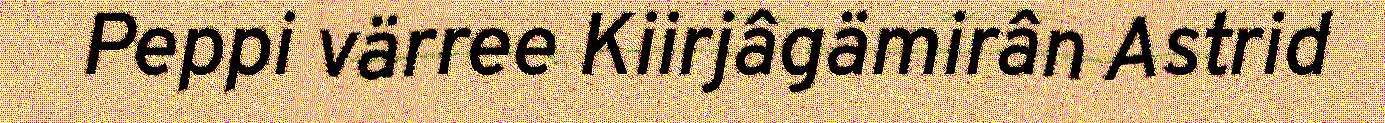
Peppi värree Kiirjâgämirân Astrid